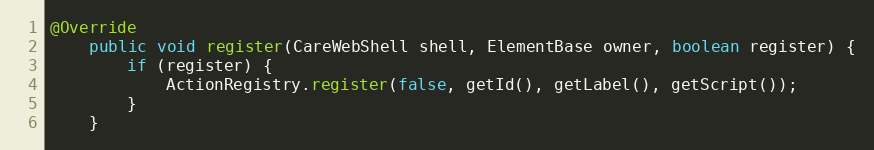
Language: Java
@Override
    public void register(CareWebShell shell, ElementBase owner, boolean register) {
        if (register) {
            ActionRegistry.register(false, getId(), getLabel(), getScript());
        }
    }